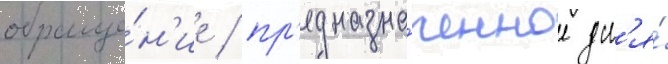
обраще́н'ие / пр'едназна́ченное дл'я́